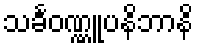
သင်္ခဝဏ္ဏူပနိဘာနိ